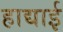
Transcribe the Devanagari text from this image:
हाद्याई